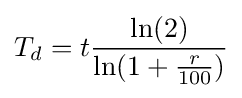
T_{d}=t{\frac {\ln(2)}{\ln(1+{\frac {r}{100}})}}